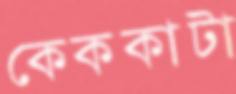
কেককাটা